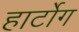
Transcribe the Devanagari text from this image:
हार्टोग